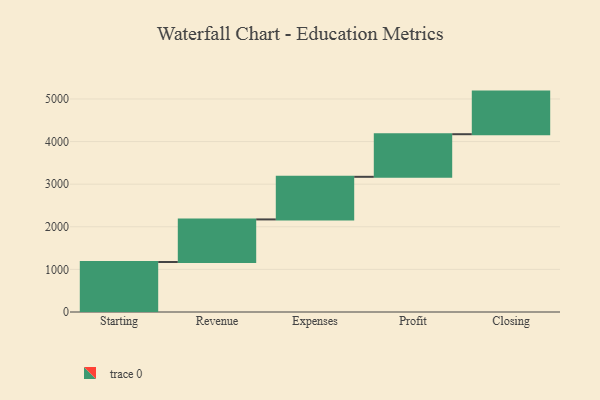
{"axis": {"x": "Step", "y": "Value"}, "legend": [""], "data": [{"x": "Starting", "y": 1173.0, "type": ""}, {"x": "Revenue", "y": 1000, "type": ""}, {"x": "Expenses", "y": 1000, "type": ""}, {"x": "Profit", "y": 1000, "type": ""}, {"x": "Closing", "y": 1000, "type": ""}]}